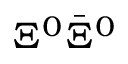
\Xi ^ { 0 } \bar { \Xi } ^ { 0 }